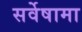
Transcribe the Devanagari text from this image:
सर्वेषामा